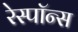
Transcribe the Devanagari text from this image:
रेस्पाॅन्स